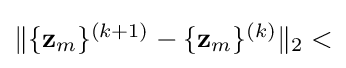
{\textstyle \|\{\mathbf {z} _{m}\}^{(k+1)}-\{\mathbf {z} _{m}\}^{(k)}\|_{2}<}